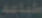
طباعة